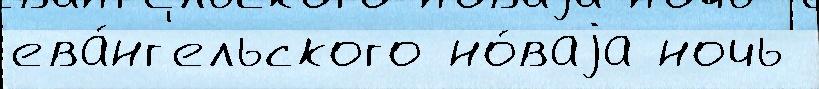
ева́нг'ельского но́ваjа ночь